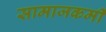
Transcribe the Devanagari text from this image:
सामाजकर्मी